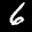
Label: 6